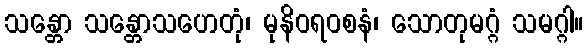
သန္တော သန္တောသဟေတုံ၊ မုနိဝရ၀စနံ၊ သောတုမဂ္ဂံ သမဂ္ဂါ။